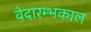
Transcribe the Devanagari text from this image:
वेदारम्भकाल